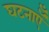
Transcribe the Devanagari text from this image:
घटनाऍँ